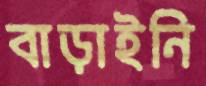
বাড়াইনি